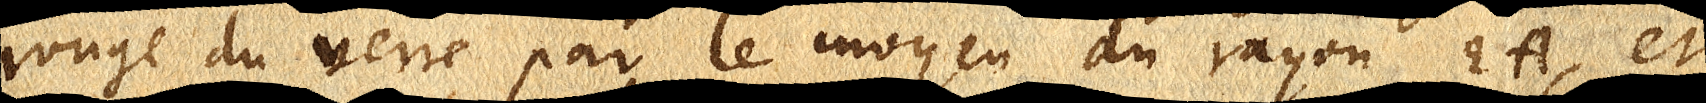
rouge du verre par le moyen du rayon EA, et